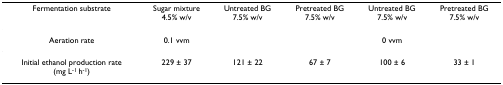
<table><thead><tr><td><b>Fermentation substrate</b></td><td><b>Sugar mixture4.5% w/v</b></td><td><b>Untreated BG7.5% w/v</b></td><td><b>Pretreated BG7.5% w/v</b></td><td><b>Untreated BG7.5% w/v</b></td><td><b>Pretreated BG7.5% w/v</b></td></tr></thead><tbody><tr><td>Aeration rate</td><td>0.1 vvm</td><td></td><td></td><td>0 vvm</td><td></td></tr><tr><td>Initial ethanol production rate(mg L<sup>-1 </sup>h<sup>-1</sup>)</td><td>229 ± 37</td><td>121 ± 22</td><td>67 ± 7</td><td>100 ± 6</td><td>33 ± 1</td></tr></tbody></table>